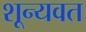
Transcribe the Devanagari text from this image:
शून्यवत